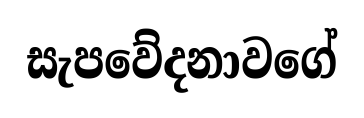
සැපවේදනාවගේ